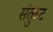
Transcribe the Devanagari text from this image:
संतुस्ट